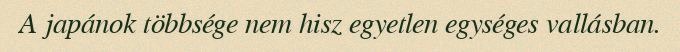
A japánok többsége nem hisz egyetlen egységes vallásban.